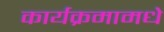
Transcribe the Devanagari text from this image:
कार्यक्रमामधे